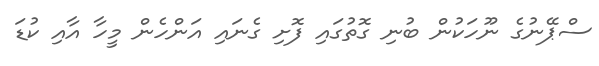
ސްޕޭނުގެ ނޫހަކުން ބުނި ގޮތުގައި ފޮށި ގެނައި އަންހެން މީހާ އާއި ކުޑަ